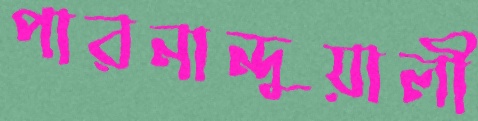
পারনান্দুয়ালী